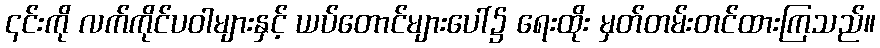
၎င်းကို လက်ကိုင်ပဝါများနှင့် ယပ်တောင်များပေါ်၌ ရေးထိုး မှတ်တမ်းတင်ထားကြသည်။